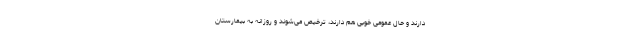
دارند و حال عمومی خوبی هم دارند، ترخیص می‌شوند و روزانه به بیمارستان